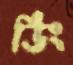
ডিং